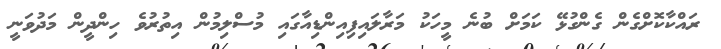
ރައްކާކޮށްގެން ގެންގުޅޭ ކަމަށް ބުނެ މީހަކު މަރާލައިފިއިންޑިއާގައި މުސްލިމުން އިތުރުވެ ހިންދީން މަދުވަނީ